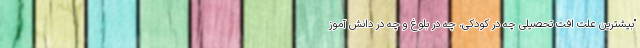
"بیشترین علت افت تحصیلی چه در کودکی، چه در بلوغ و چه در دانش آموز